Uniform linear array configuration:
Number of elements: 32
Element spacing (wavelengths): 0.75
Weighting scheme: binomial
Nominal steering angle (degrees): -45
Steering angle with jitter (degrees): -44.096
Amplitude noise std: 0.05
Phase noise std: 0.05

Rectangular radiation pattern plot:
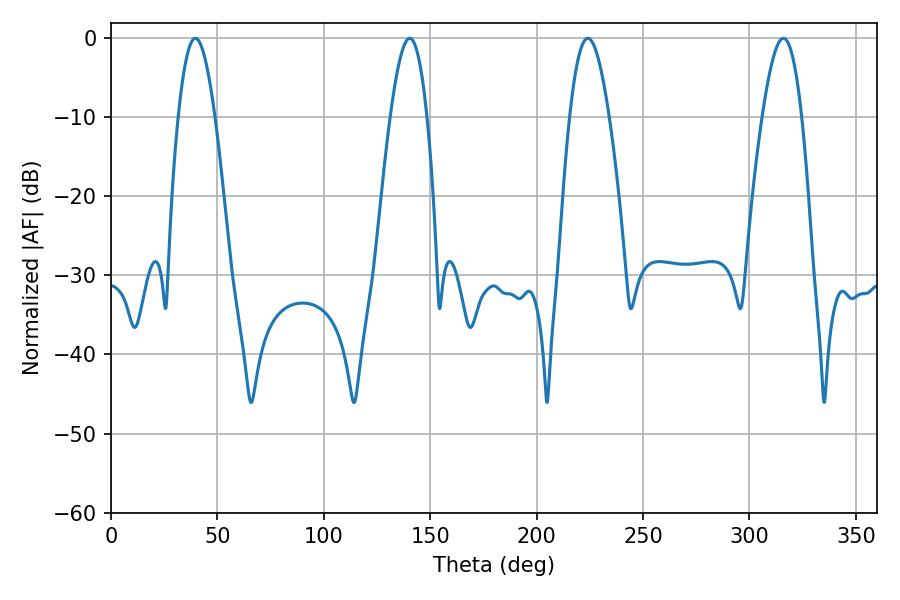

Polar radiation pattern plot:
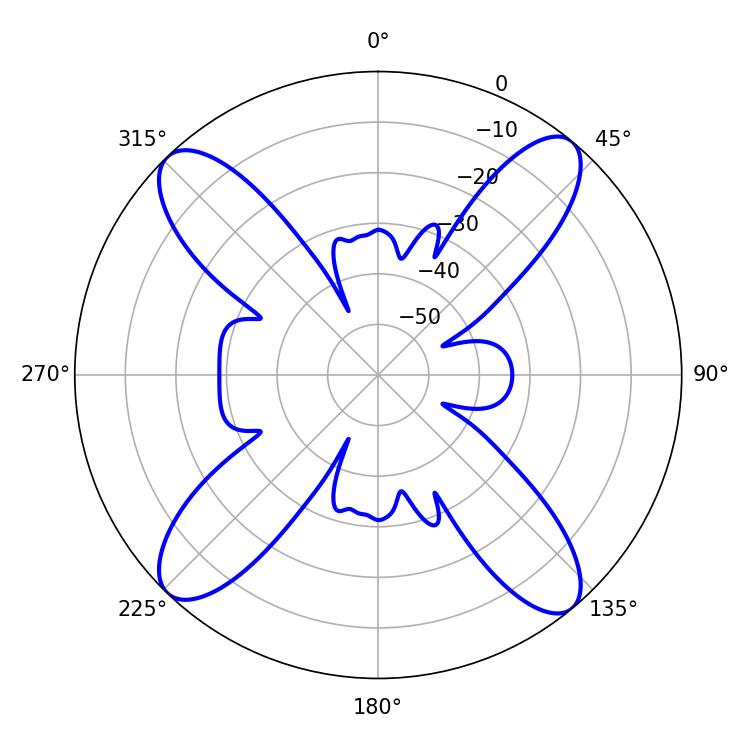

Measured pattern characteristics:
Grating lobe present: TRUE
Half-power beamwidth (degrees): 9.36
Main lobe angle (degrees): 39.6